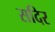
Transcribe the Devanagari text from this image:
सदिर